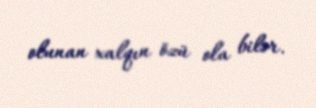
olunan xalqın özü ola bilər.